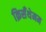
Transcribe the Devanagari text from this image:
क्रिसँथेमम